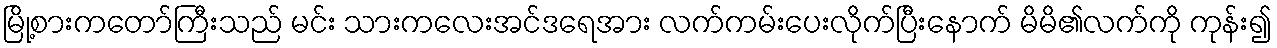
မြို့စားကတော်ကြီးသည် မင်း သားကလေးအင်ဒရေအား လက်ကမ်းပေးလိုက်ပြီးနောက် မိမိ၏လက်ကို ကုန်း၍